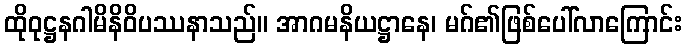
ထိုဝုဋ္ဌနဂါမိနိဝိပဿနာသည်။ အာဂမနိယဋ္ဌာနေ၊ မဂ်၏ဖြစ်ပေါ်လာကြောင်း